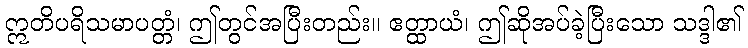
ဣတိပရိသမာပတ္တံ၊ ဤတွင်အပြီးတည်း။ ဧတ္ထာယံ၊ ဤဆိုအပ်ခဲ့ပြီးသော သဒ္ဒါ၏